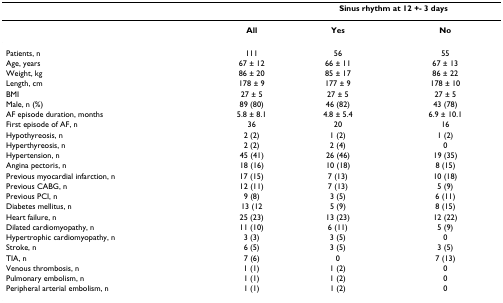
|  |  | <COLSPAN=2> Sinus rhythm at 12 +- 3 days |
 | --- | --- | --- | --- |
 |  | All | Yes | No |
 | Patients, n | 111 | 56 | 55 |
 | Age, years | 67 ± 12 | 66 ± 11 | 67 ± 13 |
 | Weight, kg | 86 ± 20 | 85 ± 17 | 86 ± 22 |
 | Length, cm | 178 ± 9 | 177 ± 9 | 178 ± 10 |
 | BMI | 27 ± 5 | 27 ± 5 | 27 ± 5 |
 | Male, n (%) | 89 (80) | 46 (82) | 43 (78) |
 | AF episode duration, months | 5.8 ± 8.1 | 4.8 ± 5.4 | 6.9 ± 10.1 |
 | First episode of AF, n | 36 | 20 | 16 |
 | Hypothyreosis, n | 2 (2) | 1 (2) | 1 (2) |
 | Hyperthyreosis, n | 2 (2) | 2 (4) | 0 |
 | Hypertension, n | 45 (41) | 26 (46) | 19 (35) |
 | Angina pectoris, n | 18 (16) | 10 (18) | 8 (15) |
 | Previous myocardial infarction, n | 17 (15) | 7 (13) | 10 (18) |
 | Previous CABG, n | 12 (11) | 7 (13) | 5 (9) |
 | Previous PCI, n | 9 (8) | 3 (5) | 6 (11) |
 | Diabetes mellitus, n | 13 (12 | 5 (9) | 8 (15) |
 | Heart failure, n | 25 (23) | 13 (23) | 12 (22) |
 | Dilated cardiomyopathy, n | 11 (10) | 6 (11) | 5 (9) |
 | Hypertrophic cardiomyopathy, n | 3 (3) | 3 (5) | 0 |
 | Stroke, n | 6 (5) | 3 (5) | 3 (5) |
 | TIA, n | 7 (6) | 0 | 7 (13) |
 | Venous thrombosis, n | 1 (1) | 1 (2) | 0 |
 | Pulmonary embolism, n | 1 (1) | 1 (2) | 0 |
 | Peripheral arterial embolism, n | 1 (1) | 1 (2) | 0 |